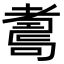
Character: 𦓆